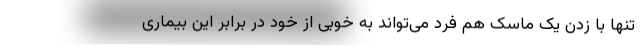
تنها با زدن یک ماسک هم فرد می‌تواند به خوبی از خود در برابر این بیماری